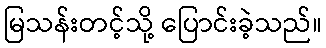
မြသန်းတင့်သို့ ပြောင်းခဲ့သည်။